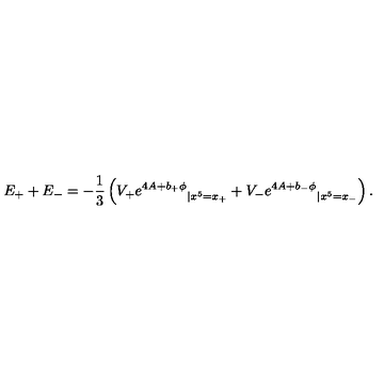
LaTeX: E _ { + } + E _ { - } = - \frac { 1 } { 3 } \left( { V _ { + } e ^ { 4 A + b _ { + } \phi } } _ { | x ^ { 5 } = x _ { + } } + { V _ { - } e ^ { 4 A + b _ { - } \phi } } _ { | x ^ { 5 } = x _ { - } } \right) .